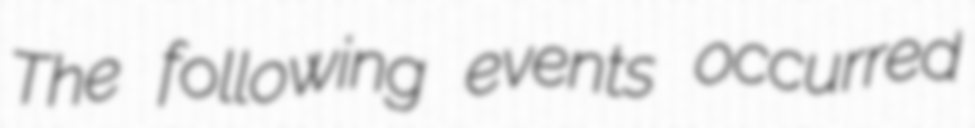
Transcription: The following events occurred